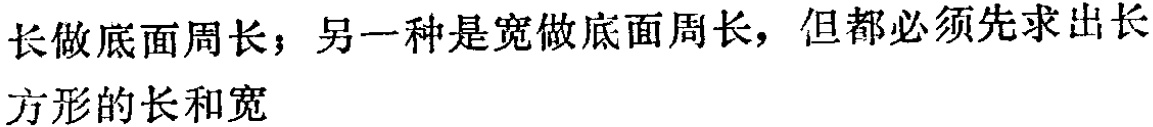
长做底面周长；另一种是宽做底面周长，但都必须先求出长方形的长和宽